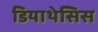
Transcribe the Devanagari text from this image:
डियाथेसिस